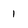
Character: 1